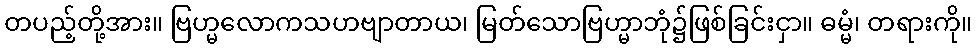
တပည့်တို့အား။ ဗြဟ္မလောကသဟဗျာတာယ၊ မြတ်သောဗြဟ္မာဘုံ၌ဖြစ်ခြင်းငှာ။ ဓမ္မံ၊ တရားကို။